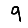
Digit: 9